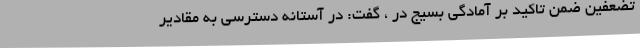
تضعفین ضمن تاکید بر آمادگی بسیج در ، گفت: در آستانه دسترسی به مقادیر